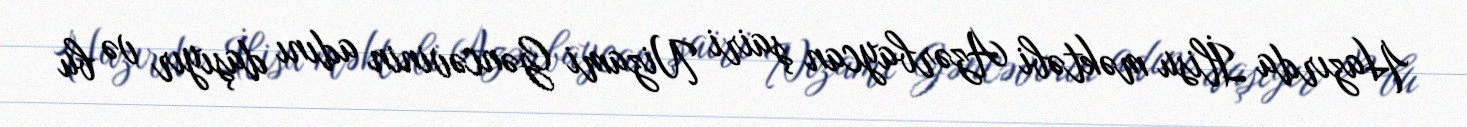
Hazırda İlisu məktəbi Azərbaycan şairi Nizami Gəncəvinin adını daşıyır və bu